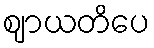
ဈာယတိပေ